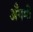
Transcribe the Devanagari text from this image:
अँगमी